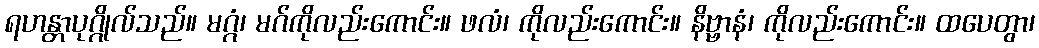
ရဟန္တာပုဂ္ဂိုလ်သည်။ မဂ္ဂံ၊ မဂ်ကိုလည်းကောင်း။ ဖလံ၊ ကိုလည်းကောင်း။ နိဗ္ဗာနံ၊ ကိုလည်းကောင်း။ ထပေတွာ၊